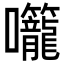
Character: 𭍌